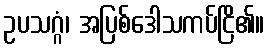
ဥပသဂ္ဂံ၊ အပြစ်ဒေါသကပ်ငြိ၏။